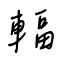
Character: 輻